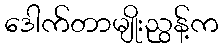
ဒေါက်တာမျိုးညွန့်က